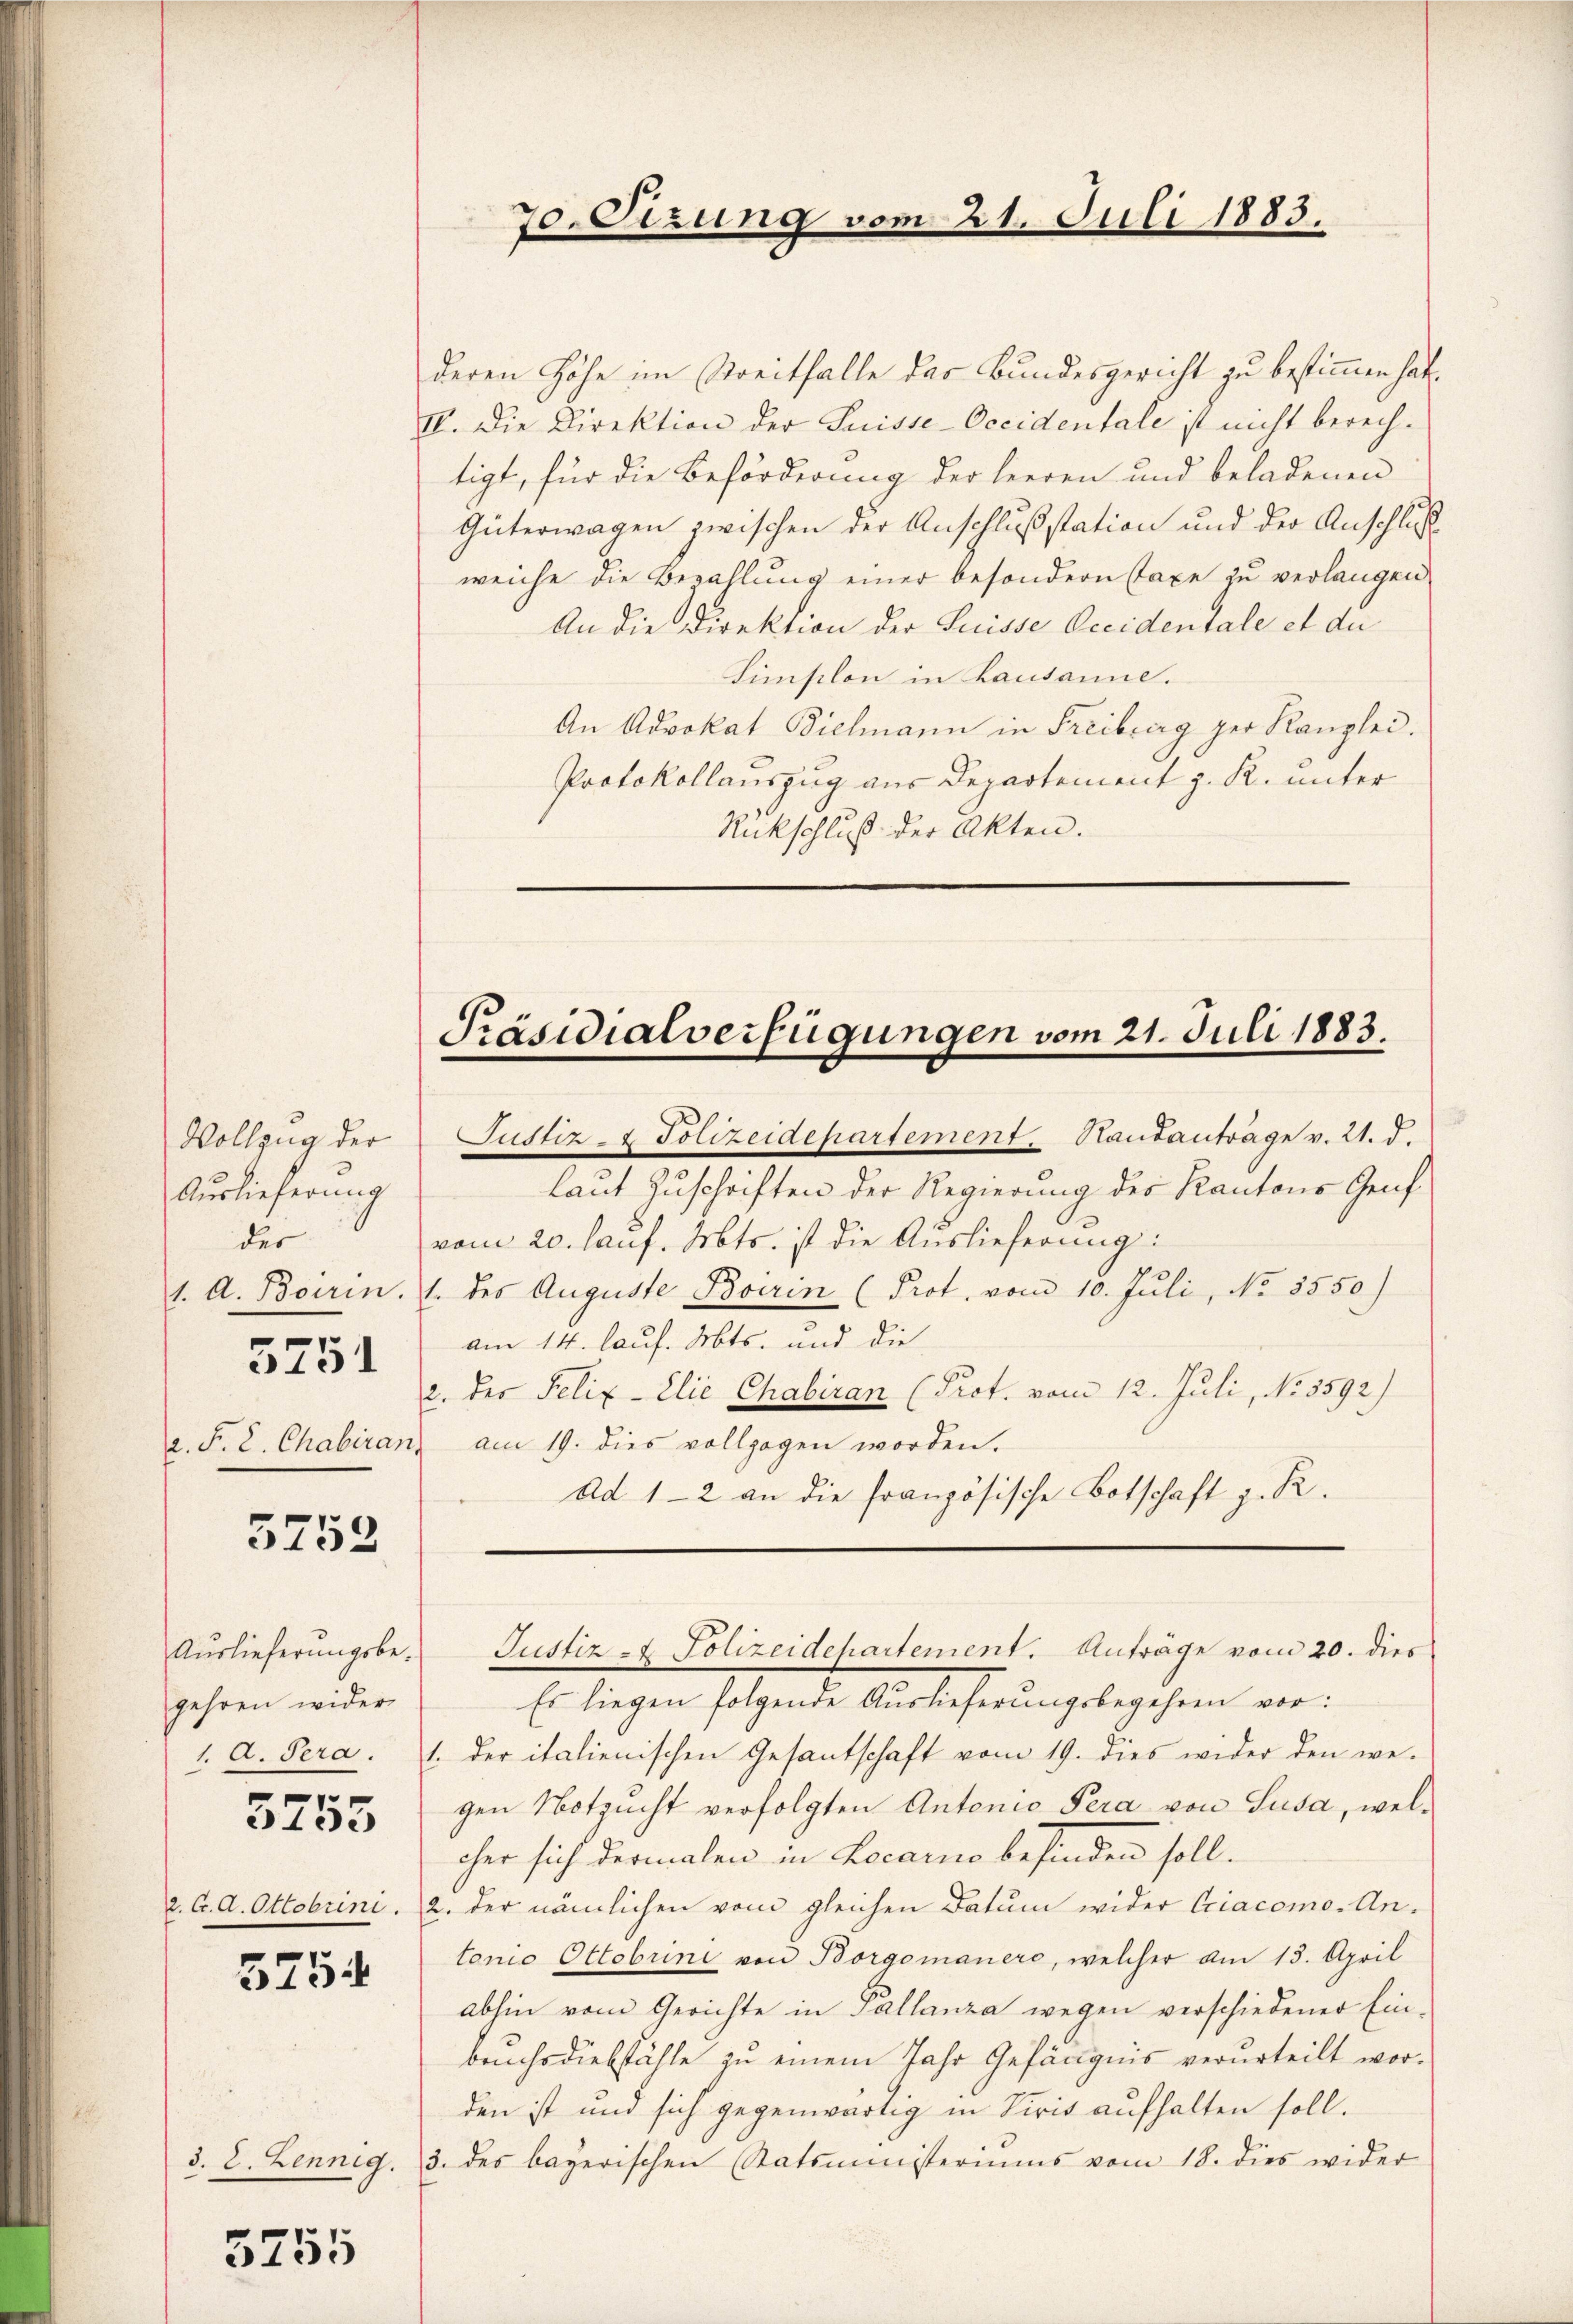
Vollzug der
Auslieferung
der
1. A. Boerin.
5251

3752.

Auslieferungsbegehren wider
1. A. Pera.
.
3133

5754

5255

70. Otzung vom 21. Juli 1883.

deren Höhe im Streitfalle das Bundesgericht zu bestimmen hat.
II. Die Direktion der Suisse-Occidentale ist nicht berechtigt, für die Beförderung der Heeren und beladenen
Güterwagen zwischen der Anschlußstation und der Anschlus
weiche die Bezahlung einer besondern staxe zu verlangen
An die Direktion der Suisse Occidentale et de
Simsilon in Lausanne.
An Advokat Bielmann in Freiberg per Kanzlei.
Protokollauszug aus Departement z. R. unter
Rückschluß der Akten.

Präsidialverfügungen vom 21. Juli 1883.
Justiz- & Polizeidepartement. Hautantrage v. 21. d.

laut Zuschriften der Regierung des Kantons Genf
vom 20. laŭf. Mts. ist die Auslieferung:
1. des Auguste Boerin (Prot. vom 10. Juli, No. 3550)
am 14. lauf. Mts. und die
2. der Felix-Elie Chabiran (Prot. vom 12. Juli, No. 5592)
a. F. L. Chabiranz am 19. dies vollzogen worden.
Ad 1-2 an die französische Botschaft z. R.

Justiz- & Polizeidepartement. Anträge vom 20. dies

Es liegen folgende Auslieferungsbegehren vor:
1. der italienischen Gesantschaft vom 19. dies wider den we-
gen Notzucht verfolgten Antonio Pera von Susa, welcher sich dermalen in Locario befinden soll.
2. C. A. Ottobrini.  2. der nämlichen vom gleichen Datum wider Criacomo. Antonio Ottobrini von Borgomanere, welcher am 13. April
abhin vom Gerichte in Pallanza wegen verschiedener Ein-
bruchsdiebställe zu einem Jahr Gefängnis verurteilt worden ist und sich gegenwärtig in Siris aufhalten soll.
3. 8. Lennig. 3. des bayerischen Statsministeriums vom 18. dies wider